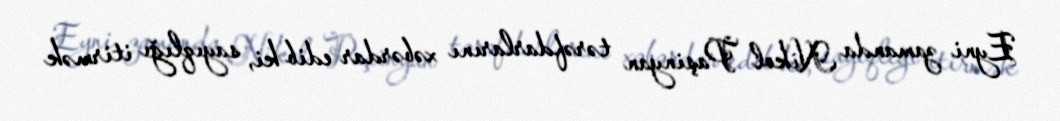
Eyni zamanda Nikol Paşinyan tərəfdarlarını xəbərdar edib ki, sayıqlığı itirmək